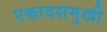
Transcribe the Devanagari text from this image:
एकादशमुखी